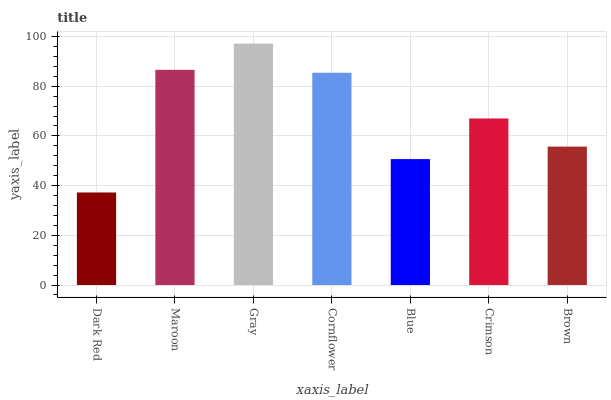
| xaxis_label | bars |
 | --- | --- |
 | Dark Red | 37.2 |
 | Maroon | 86.6 |
 | Gray | 97.2 |
 | Cornflower | 85.4 |
 | Blue | 50.7 |
 | Crimson | 67 |
 | Brown | 55.7 |